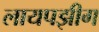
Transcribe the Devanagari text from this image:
लायपझीग